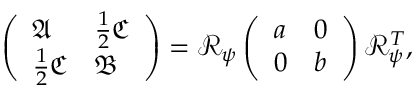
\left( \begin{array} { l l } { \mathfrak { A } } & { \frac { 1 } { 2 } \mathfrak { C } } \\ { \frac { 1 } { 2 } \mathfrak { C } } & { \mathfrak { B } } \end{array} \right) = \mathcal { R } _ { \psi } \left( \begin{array} { l l } { a } & { 0 } \\ { 0 } & { b } \end{array} \right) \mathcal { R } _ { \psi } ^ { T } ,